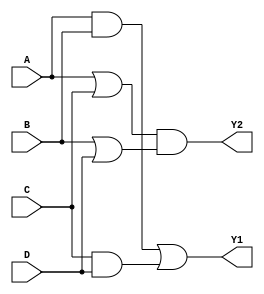
module combinational_logic_block (
    input wire A,
    input wire B,
    input wire C,
    input wire D,
    output wire Y1,
    output wire Y2
);

// Level 1: Initial Logic Expression
// Example: Y1 = (A AND B) OR (C AND D)
//          Y2 = (A OR C) AND (B OR D)

// Level 2: First Simplification
// Simplified expressions (for demonstration)
// Y1 = AB + CD
// Y2 = (A + C)(B + D)

// Level 3: Factorization
// Further simplification could be done if common terms are found
// In this case, we can keep it as is for simplicity

// Level 4: Multi-Level Optimization
// Implementing the simplified logic expressions
wire AB; // Intermediate signal for A AND B
wire CD; // Intermediate signal for C AND D
wire A_or_C; // Intermediate signal for A OR C
wire B_or_D; // Intermediate signal for B OR D

// Logic Gates Implementation
assign AB = A & B; // AND gate for A and B
assign CD = C & D; // AND gate for C and D
assign A_or_C = A | C; // OR gate for A and C
assign B_or_D = B | D; // OR gate for B and D

// Final Outputs
assign Y1 = AB | CD; // Final output for Y1
assign Y2 = A_or_C & B_or_D; // Final output for Y2

endmodule